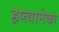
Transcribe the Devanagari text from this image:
हप्त्यानेका